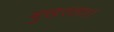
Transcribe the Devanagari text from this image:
मुखरता।।